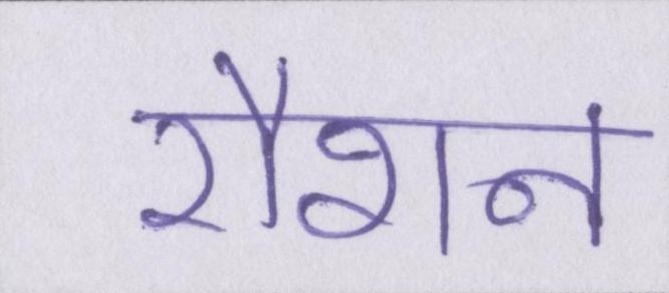
रौशन